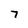
Character: 7